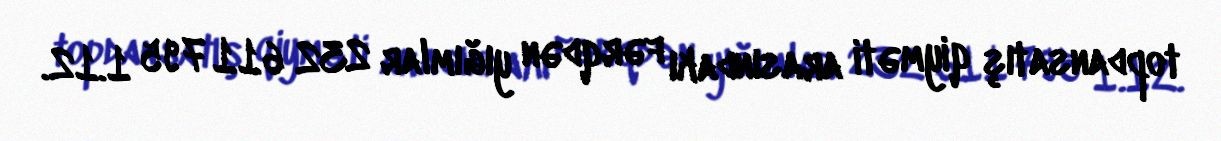
topdansatış qiyməti arasındakı fərqdən yığımlar 232 611 795 1.12.